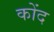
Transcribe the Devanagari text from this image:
कोंद